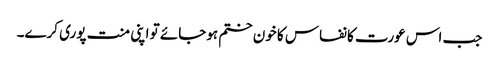
جب اس عورت کا نفاس کا خون ختم ہوجائے تو اپنی منت پوری کرے۔